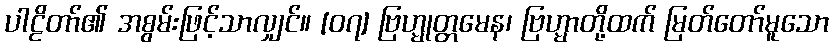
ပါဠိတာ်၏ အစွမ်းဖြင့်သာလျှင်။ [၀၇] ဗြဟ္မုတ္တမေန၊ ဗြဟ္မာတို့ထက် မြတ်တော်မူသော